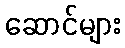
ဆောင်များ